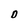
Character: D